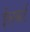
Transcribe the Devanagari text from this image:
ईलबर्ट